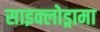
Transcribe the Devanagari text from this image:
साइक्लोड्रामा